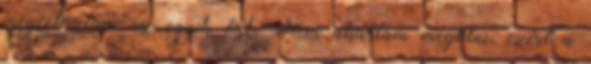
megcéloztam az egyik őrt. Nem akartam megölni, ezért a